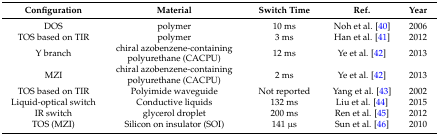
| Configuration | Material | Switch Time | Ref. | Year |
 | --- | --- | --- | --- | --- |
 | DOS | polymer | 10 ms | Noh et al. [40] | 2006 |
 | TOS based on TIR | polymer | 3 ms | Han et al. [41] | 2012 |
 | Y branch | chiral azobenzene-containing polyurethane (CACPU) | 12 ms | Ye et al. [42] | 2013 |
 | MZI | chiral azobenzene-containing polyurethane (CACPU) | 2 ms | Ye et al. [42] | 2013 |
 | TOS based on TIR | Polyimide waveguide | Not reported | Yang et al. [43] | 2002 |
 | Liquid-optical switch | Conductive liquids | 132 ms | Liu et al. [44] | 2015 |
 | IR switch | glycerol droplet | 200 ms | Ren et al. [45] | 2012 |
 | TOS (MZI) | Silicon on insulator (SOI) | 141 μs | Sun et al. [46] | 2010 |